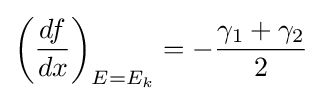
\left({\frac {df}{dx}}\right)_{E=E_{k}}=-{\frac {\gamma _{1}+\gamma _{2}}{2}}